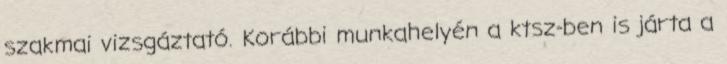
szakmai vizsgáztató. Korábbi munkahelyén a ktsz-ben is járta a